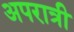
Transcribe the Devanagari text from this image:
अपरात्री